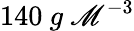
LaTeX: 140\ g\ \mathscr{M}^{-3}